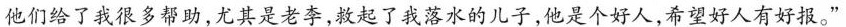
他们给了我很多帮助，尤其是老李，救起了我落水的儿子，他是个好人，希望好人有好报。”